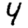
Digit: 4